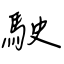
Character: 駛